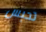
تحبس